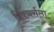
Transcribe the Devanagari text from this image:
पिक्चर्सला